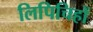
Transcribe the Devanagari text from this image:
लिपिचिहों